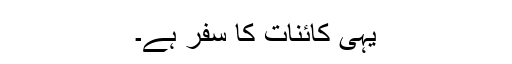
یہی کائنات کا سفر ہے۔